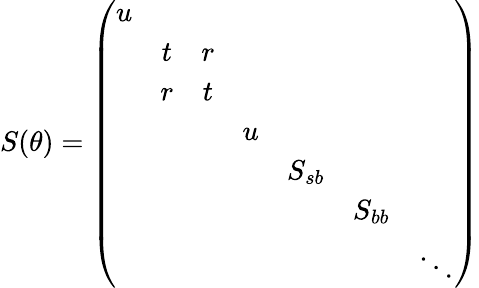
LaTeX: S(\theta)=\left(\begin{array}{ccccccc}{{u}}&{{}}&{{}}&{{}}&{{}}&{{}}&{{}}\\ {{}}&{{t}}&{{r}}&{{}}&{{}}&{{}}&{{}}\\ {{}}&{{r}}&{{t}}&{{}}&{{}}&{{}}&{{}}\\ {{}}&{{}}&{{}}&{{u}}&{{}}&{{}}&{{}}\\ {{}}&{{}}&{{}}&{{}}&{{S_{sb}}}&{{}}&{{}}\\ {{}}&{{}}&{{}}&{{}}&{{}}&{{S_{bb}}}&{{}}\\ {{}}&{{}}&{{}}&{{}}&{{}}&{{}}&{{\ddots}}\end{array}\right)